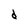
Character: d